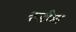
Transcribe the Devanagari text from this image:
कडीमा